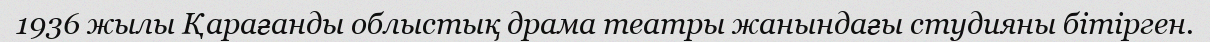
1936 жылы Қарағанды облыстық драма театры жанындағы студияны бітірген.